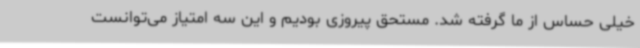
خیلی حساس از ما گرفته شد. مستحق پیروزی بودیم و این سه امتیاز می‌توانست